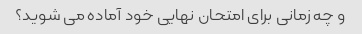
و چه زمانی برای امتحان نهایی خود آماده می شوید؟